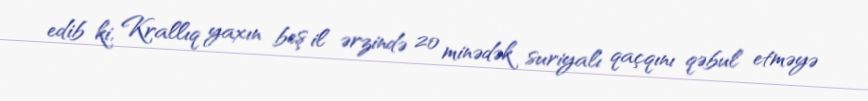
edib ki, Krallıq yaxın beş il ərzində 20 minədək suriyalı qaçqını qəbul etməyə